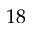
1 8